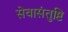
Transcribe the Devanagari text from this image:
सेवासंतुष्टि